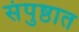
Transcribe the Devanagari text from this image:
संपुष्ठात